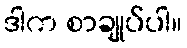
ဒါက စာချုပ်ပါ။